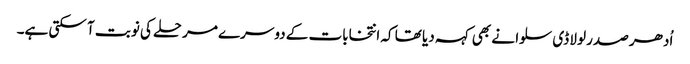
اُدھر صدر لولا ڈی سلوا نے بھی کہہ دیا تھا کہ انتخابات کے دوسرے مرحلے کی نوبت آ سکتی ہے۔